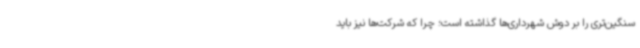
سنگین‌تری را بر دوش شهرداری‌ها گذاشته است؛ چرا که شرکت‌ها نیز باید